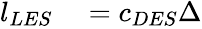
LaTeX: \begin{array}{rl}{l_{LES}}&{{}=c_{DES}\Delta}\end{array}